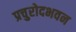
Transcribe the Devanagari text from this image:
प्रचुरोदभवन